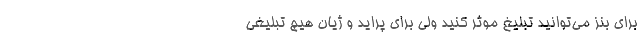
برای بنز می‌توانید تبلیغ موثر كنید ولی برای پراید و ژیان هیچ تبلیغی